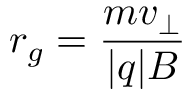
r _ { g } = { \frac { m v _ { \perp } } { | q | B } }